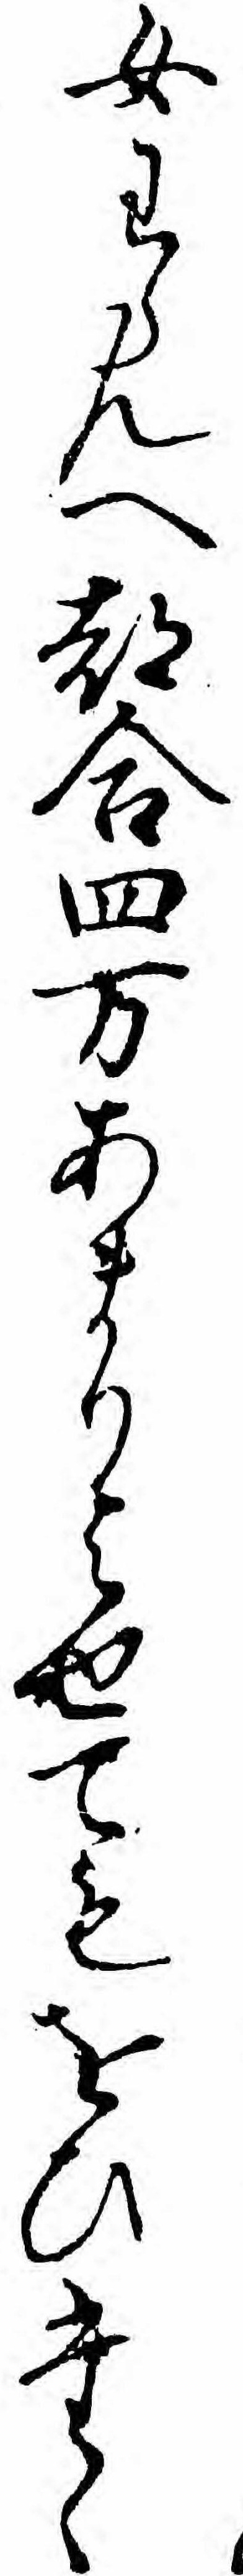
女わらんへ都合四万あまりよせてもをひたゝ